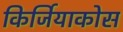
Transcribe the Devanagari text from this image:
किर्जियाकोस